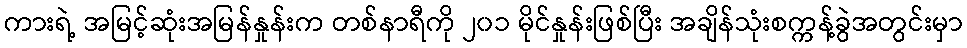
ကားရဲ့ အမြင့်ဆုံးအမြန်နှုန်းက တစ်နာရီကို ၂၀၁ မိုင်နှုန်းဖြစ်ပြီး အချိန်သုံးစက္ကန့်ခွဲအတွင်းမှာ